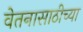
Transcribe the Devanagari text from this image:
वेतनासाठीच्या